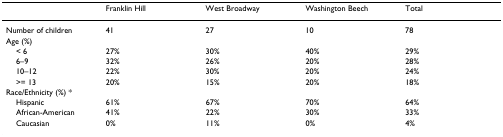
<table><thead><tr><td></td><td><b>Franklin Hill</b></td><td><b>West Broadway</b></td><td><b>Washington Beech</b></td><td><b>Total</b></td></tr></thead><tbody><tr><td>Number of children</td><td>41</td><td>27</td><td>10</td><td>78</td></tr><tr><td>Age (%)</td><td></td><td></td><td></td><td></td></tr><tr><td> &lt; 6</td><td>27%</td><td>30%</td><td>40%</td><td>29%</td></tr><tr><td> 6–9</td><td>32%</td><td>26%</td><td>20%</td><td>28%</td></tr><tr><td> 10–12</td><td>22%</td><td>30%</td><td>20%</td><td>24%</td></tr><tr><td> &gt;= 13</td><td>20%</td><td>15%</td><td>20%</td><td>18%</td></tr><tr><td>Race/Ethnicity (%) *</td><td></td><td></td><td></td><td></td></tr><tr><td> Hispanic</td><td>61%</td><td>67%</td><td>70%</td><td>64%</td></tr><tr><td> African-American</td><td>41%</td><td>22%</td><td>30%</td><td>33%</td></tr><tr><td> Caucasian</td><td>0%</td><td>11%</td><td>0%</td><td>4%</td></tr></tbody></table>